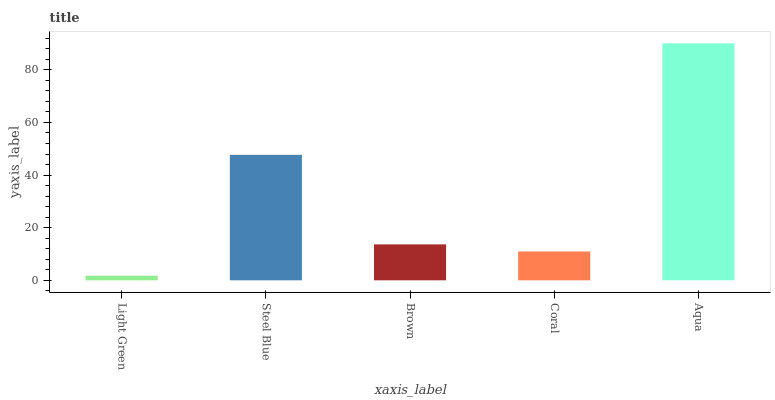
| xaxis_label | bars |
 | --- | --- |
 | Light Green | 1.76 |
 | Steel Blue | 47.7 |
 | Brown | 13.7 |
 | Coral | 11 |
 | Aqua | 90.1 |